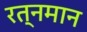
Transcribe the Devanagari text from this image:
रत्नमान